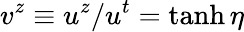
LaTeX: v^{z}\equiv u^{z}/u^{t}=\operatorname{tanh}\eta